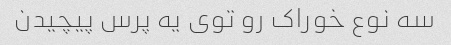
سه نوع خوراک رو توی یه پرس پیچیدن